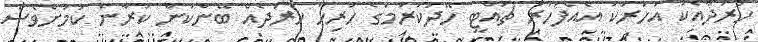
ހަރަދާއެކު އަހަރަކު އެއްފަހަރު ޗުއްޓީ ހޭދަކުރުމުގެ ހުރިހާ ހަރަދެއް ބޭންކުން ކުރާނެ ކަމަށްވެސް